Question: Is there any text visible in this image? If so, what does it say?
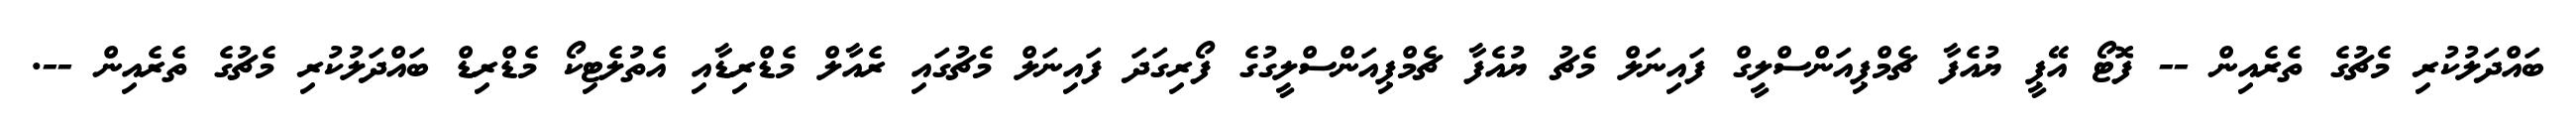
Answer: ބައްދަލުކުރި މެޗުގެ ތެރެއިން -- ފޮޓޯ އޭޕީ ޔުއެފާ ޗެމްޕިއަންސްލީގް ފައިނަލް މެޗު ޔުއެފާ ޗެމްޕިއަންސްލީގުގެ ފޯރިގަދަ ފައިނަލް މެޗުގައި ރެއާލް މެޑްރިޑާއި އެތުލެޓިކޯ މެޑްރިޑް ބައްދަލުކުރި މެޗުގެ ތެރެއިން --.